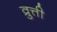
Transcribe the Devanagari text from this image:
व्रुत्ती